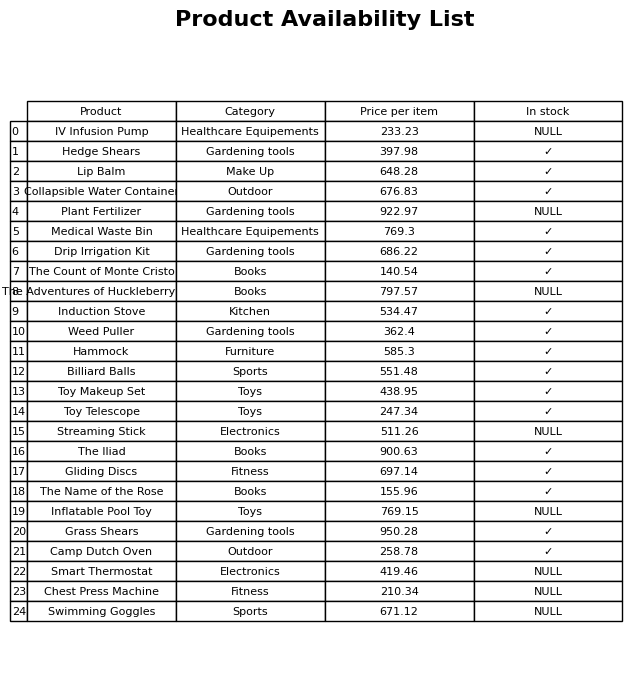
question: Is the Inflatable Pool Toy in stock?
answer: NULL